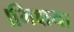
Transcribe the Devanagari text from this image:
।भिक्षया